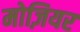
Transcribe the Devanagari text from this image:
मोज़ियर